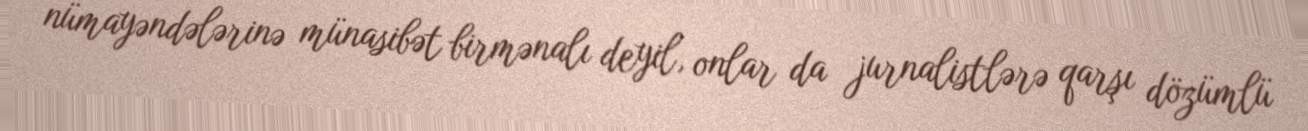
nümayəndələrinə münasibət birmənalı deyil, onlar da jurnalistlərə qarşı dözümlü